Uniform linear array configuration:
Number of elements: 12
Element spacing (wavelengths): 0.75
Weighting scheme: kaiser
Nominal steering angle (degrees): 60
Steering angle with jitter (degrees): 59.616
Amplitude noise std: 0.05
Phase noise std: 0.05

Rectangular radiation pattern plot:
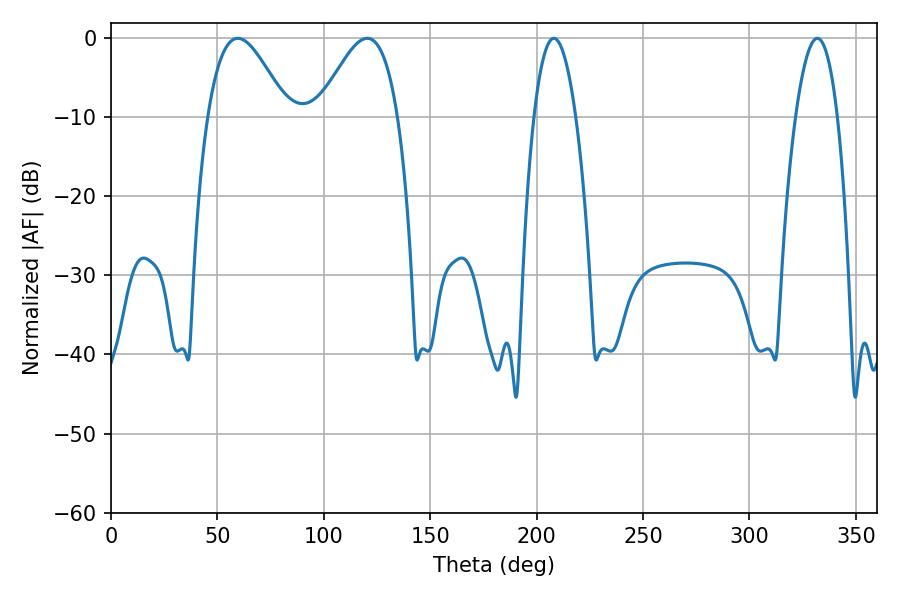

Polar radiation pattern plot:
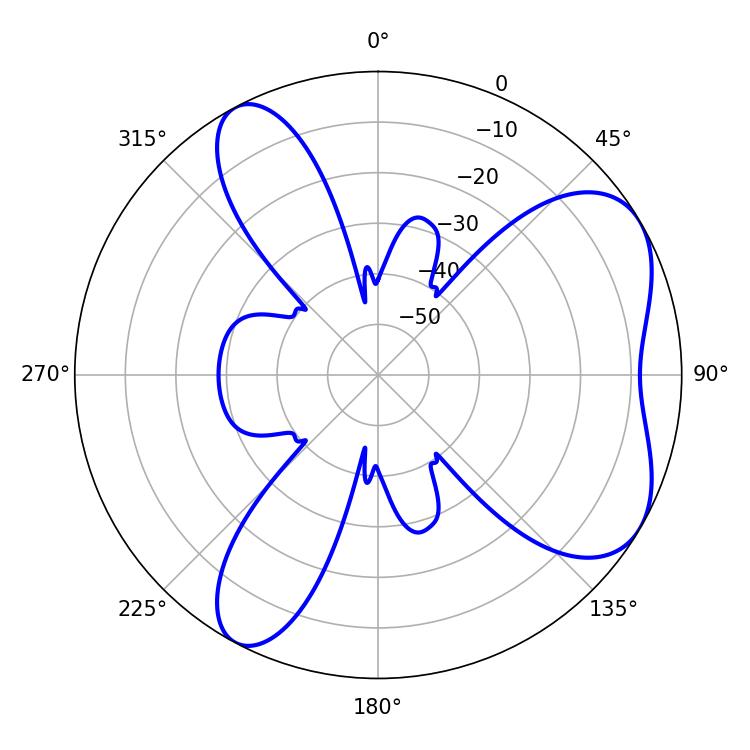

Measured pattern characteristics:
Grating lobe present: TRUE
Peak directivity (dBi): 5.957
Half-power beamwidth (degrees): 20.16
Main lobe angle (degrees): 59.58